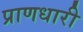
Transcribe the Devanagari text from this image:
प्राणधारी